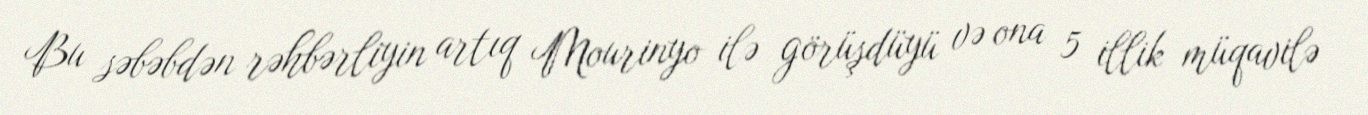
Bu səbəbdən rəhbərliyin artıq Mourinyo ilə görüşdüyü və ona 5 illik müqavilə